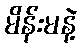
မိန်းမနဲ့